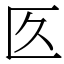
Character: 匛